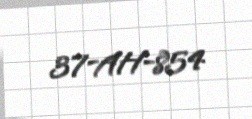
37-AH-854